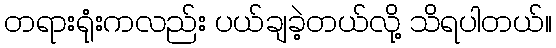
တရားရုံးကလည်း ပယ်ချခဲ့တယ်လို့ သိရပါတယ်။